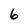
Character: 6